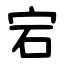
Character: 宕